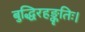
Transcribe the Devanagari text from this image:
बुद्धिरहङ्कृतिः।